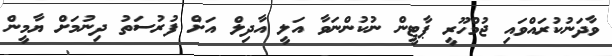
ވާދަނުކުރައްވައި ޖުމްހޫރީ ޕާޓީން ނުކުންނަވާ އަލީ އާދިލް އަށް ފުރުސަތު ދިނުމަށް ޔާމީން